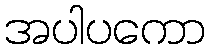
အပါပကော